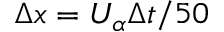
\Delta x = U _ { \alpha } \Delta t / 5 0